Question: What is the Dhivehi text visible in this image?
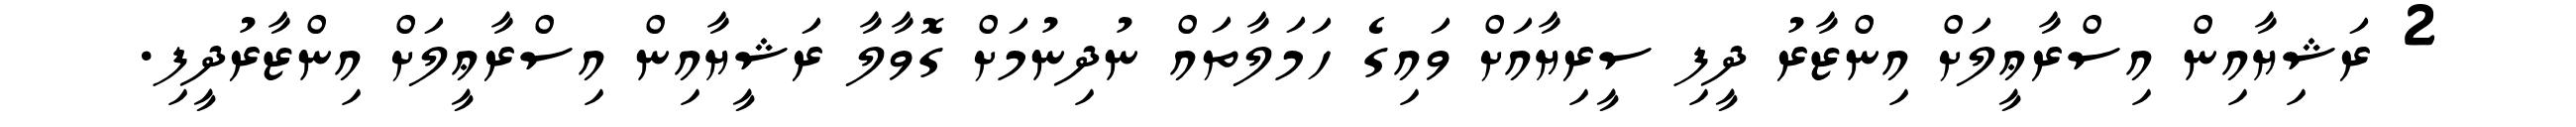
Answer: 2 ރަޝިޔާއިން އިސްރާޢީލަށް އިންޒާރު ދީފި ސީރިޔާއަށް ވައިގެ ހަމަލާތައް ނުދިނުމަށް ގޮވާލާ ރަޝީޔާއިން އިސްރާޢީލަށް އިންޒާރުދީފި.